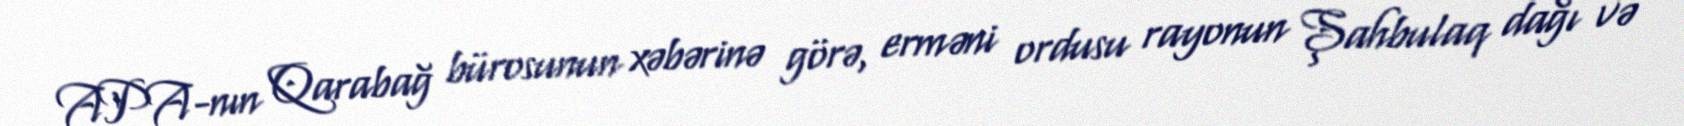
APA-nın Qarabağ bürosunun xəbərinə görə, erməni ordusu rayonun Şahbulaq dağı və